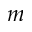
m